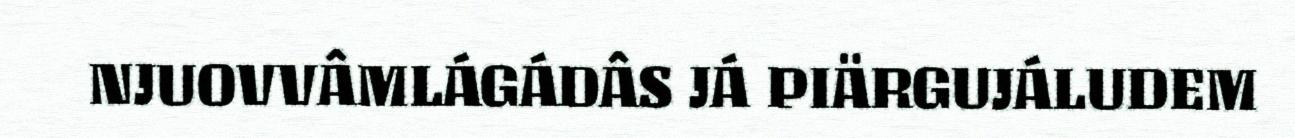
NJUOVVÂMLÁGÁDÂS JÁ PIÄRGUJÁLUDEM